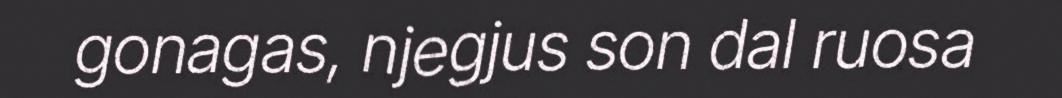
gonagas, njegjus son dal ruosa